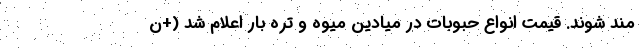
مند شوند. قیمت انواع حبوبات در میادین میوه و تره بار اعلام شد (+ن